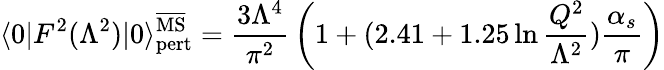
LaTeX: \langle 0|F^{2}(\Lambda^{2})|0\rangle_{\mathrm{pert}}^{\overline{{\mathrm{MS}}}}={\frac{3\Lambda^{4}}{\pi^{2}}}\left(1+(2.41+1.25\ln{\frac{Q^{2}}{\Lambda^{2}}}){\frac{\alpha_{s}}{\pi}}\right)